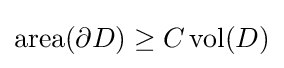
\operatorname {area} (\partial D)\geq C\operatorname {vol} (D)